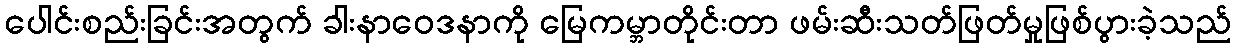
ပေါင်းစည်းခြင်းအတွက် ခါးနာဝေဒနာကို မြေကမ္ဘာတိုင်းတာ ဖမ်းဆီးသတ်ဖြတ်မှုဖြစ်ပွားခဲ့သည်